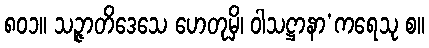
၈၀၁။ သဉ္ဇာတိဒေသေ ဟေတုမှိ၊ ဝါသဋ္ဌာနာ’ကရေသု စ။